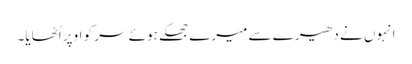
انہوں نے دھیرے سے میرے جھکے ہوئے سر کو اوپر اُٹھایا۔